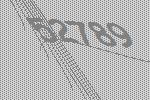
52789